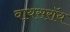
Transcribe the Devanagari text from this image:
वायसराॅय